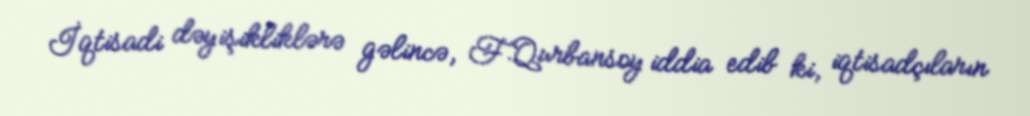
İqtisadi dəyişikliklərə gəlincə, F.Qurbansoy iddia edib ki, iqtisadçıların